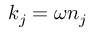
k _ { j } = \omega n _ { j }